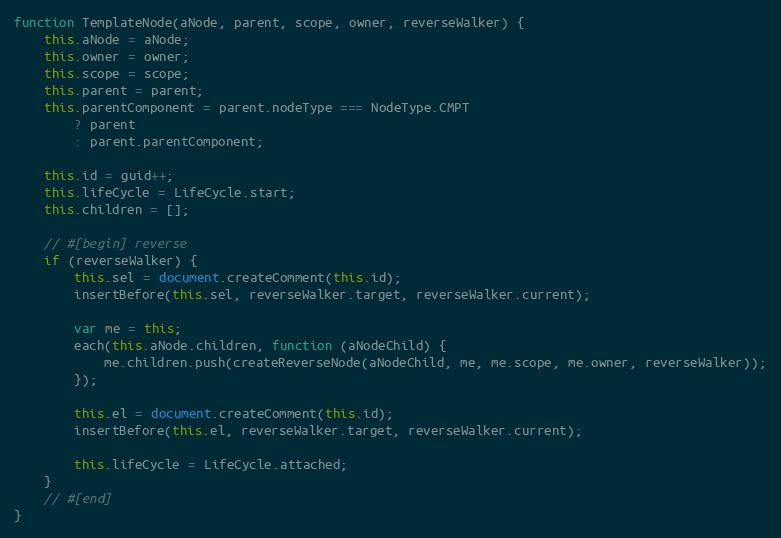
Language: JavaScript
function TemplateNode(aNode, parent, scope, owner, reverseWalker) {
    this.aNode = aNode;
    this.owner = owner;
    this.scope = scope;
    this.parent = parent;
    this.parentComponent = parent.nodeType === NodeType.CMPT
        ? parent
        : parent.parentComponent;

    this.id = guid++;
    this.lifeCycle = LifeCycle.start;
    this.children = [];

    // #[begin] reverse
    if (reverseWalker) {
        this.sel = document.createComment(this.id);
        insertBefore(this.sel, reverseWalker.target, reverseWalker.current);

        var me = this;
        each(this.aNode.children, function (aNodeChild) {
            me.children.push(createReverseNode(aNodeChild, me, me.scope, me.owner, reverseWalker));
        });

        this.el = document.createComment(this.id);
        insertBefore(this.el, reverseWalker.target, reverseWalker.current);

        this.lifeCycle = LifeCycle.attached;
    }
    // #[end]
}